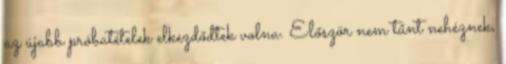
az újabb próbatételek elkezdődtek volna. Először nem tűnt nehéznek,